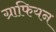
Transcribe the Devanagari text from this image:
ग्राफियन